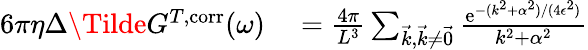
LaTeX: \begin{array}{rl}{6\pi\eta\Delta\Tilde{G}^{T,\mathrm{corr}}(\omega)}&{{}=\frac{4\pi}{L^{3}}\sum_{\vec{k},\vec{k}\neq\vec{0}}\frac{\mathrm{e}^{-(k^{2}+\alpha^{2})/(4\epsilon^{2})}}{k^{2}+\alpha^{2}}}\end{array}